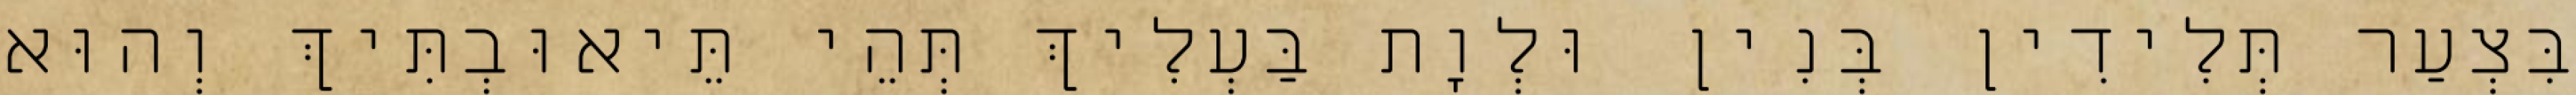
בִּצְעַר תְּלִידִין בְּנִין וּלְוָת בַּעְלִיךְ תְּהֵי תֵּיאוּבְתִּיךְ וְהוּא